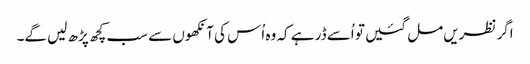
اگر نظریں مل گئیں تو اُسے ڈر ہے کہ وہ اُس کی آنکھوں سے سب کچھ پڑھ لیں گے۔